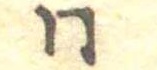
同